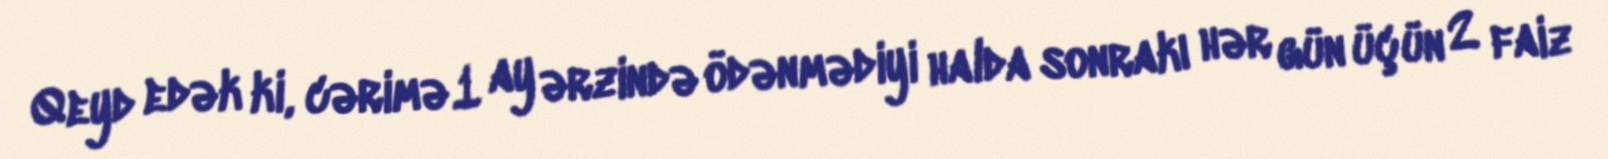
Qeyd edək ki, cərimə 1 ay ərzində ödənmədiyi halda sonrakı hər gün üçün 2 faiz